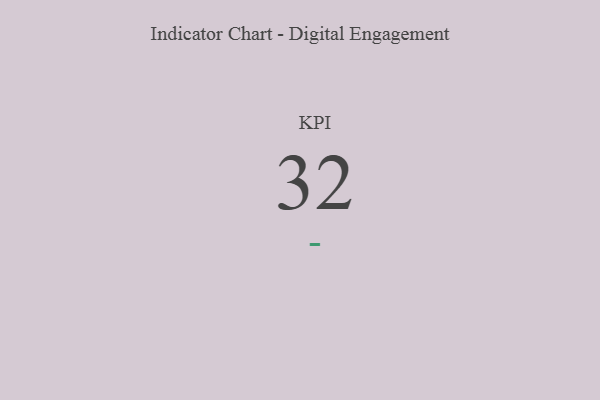
{"axis": {"x": "KPI", "y": "Value"}, "legend": [""], "data": [{"x": "KPI", "y": 32, "type": ""}]}